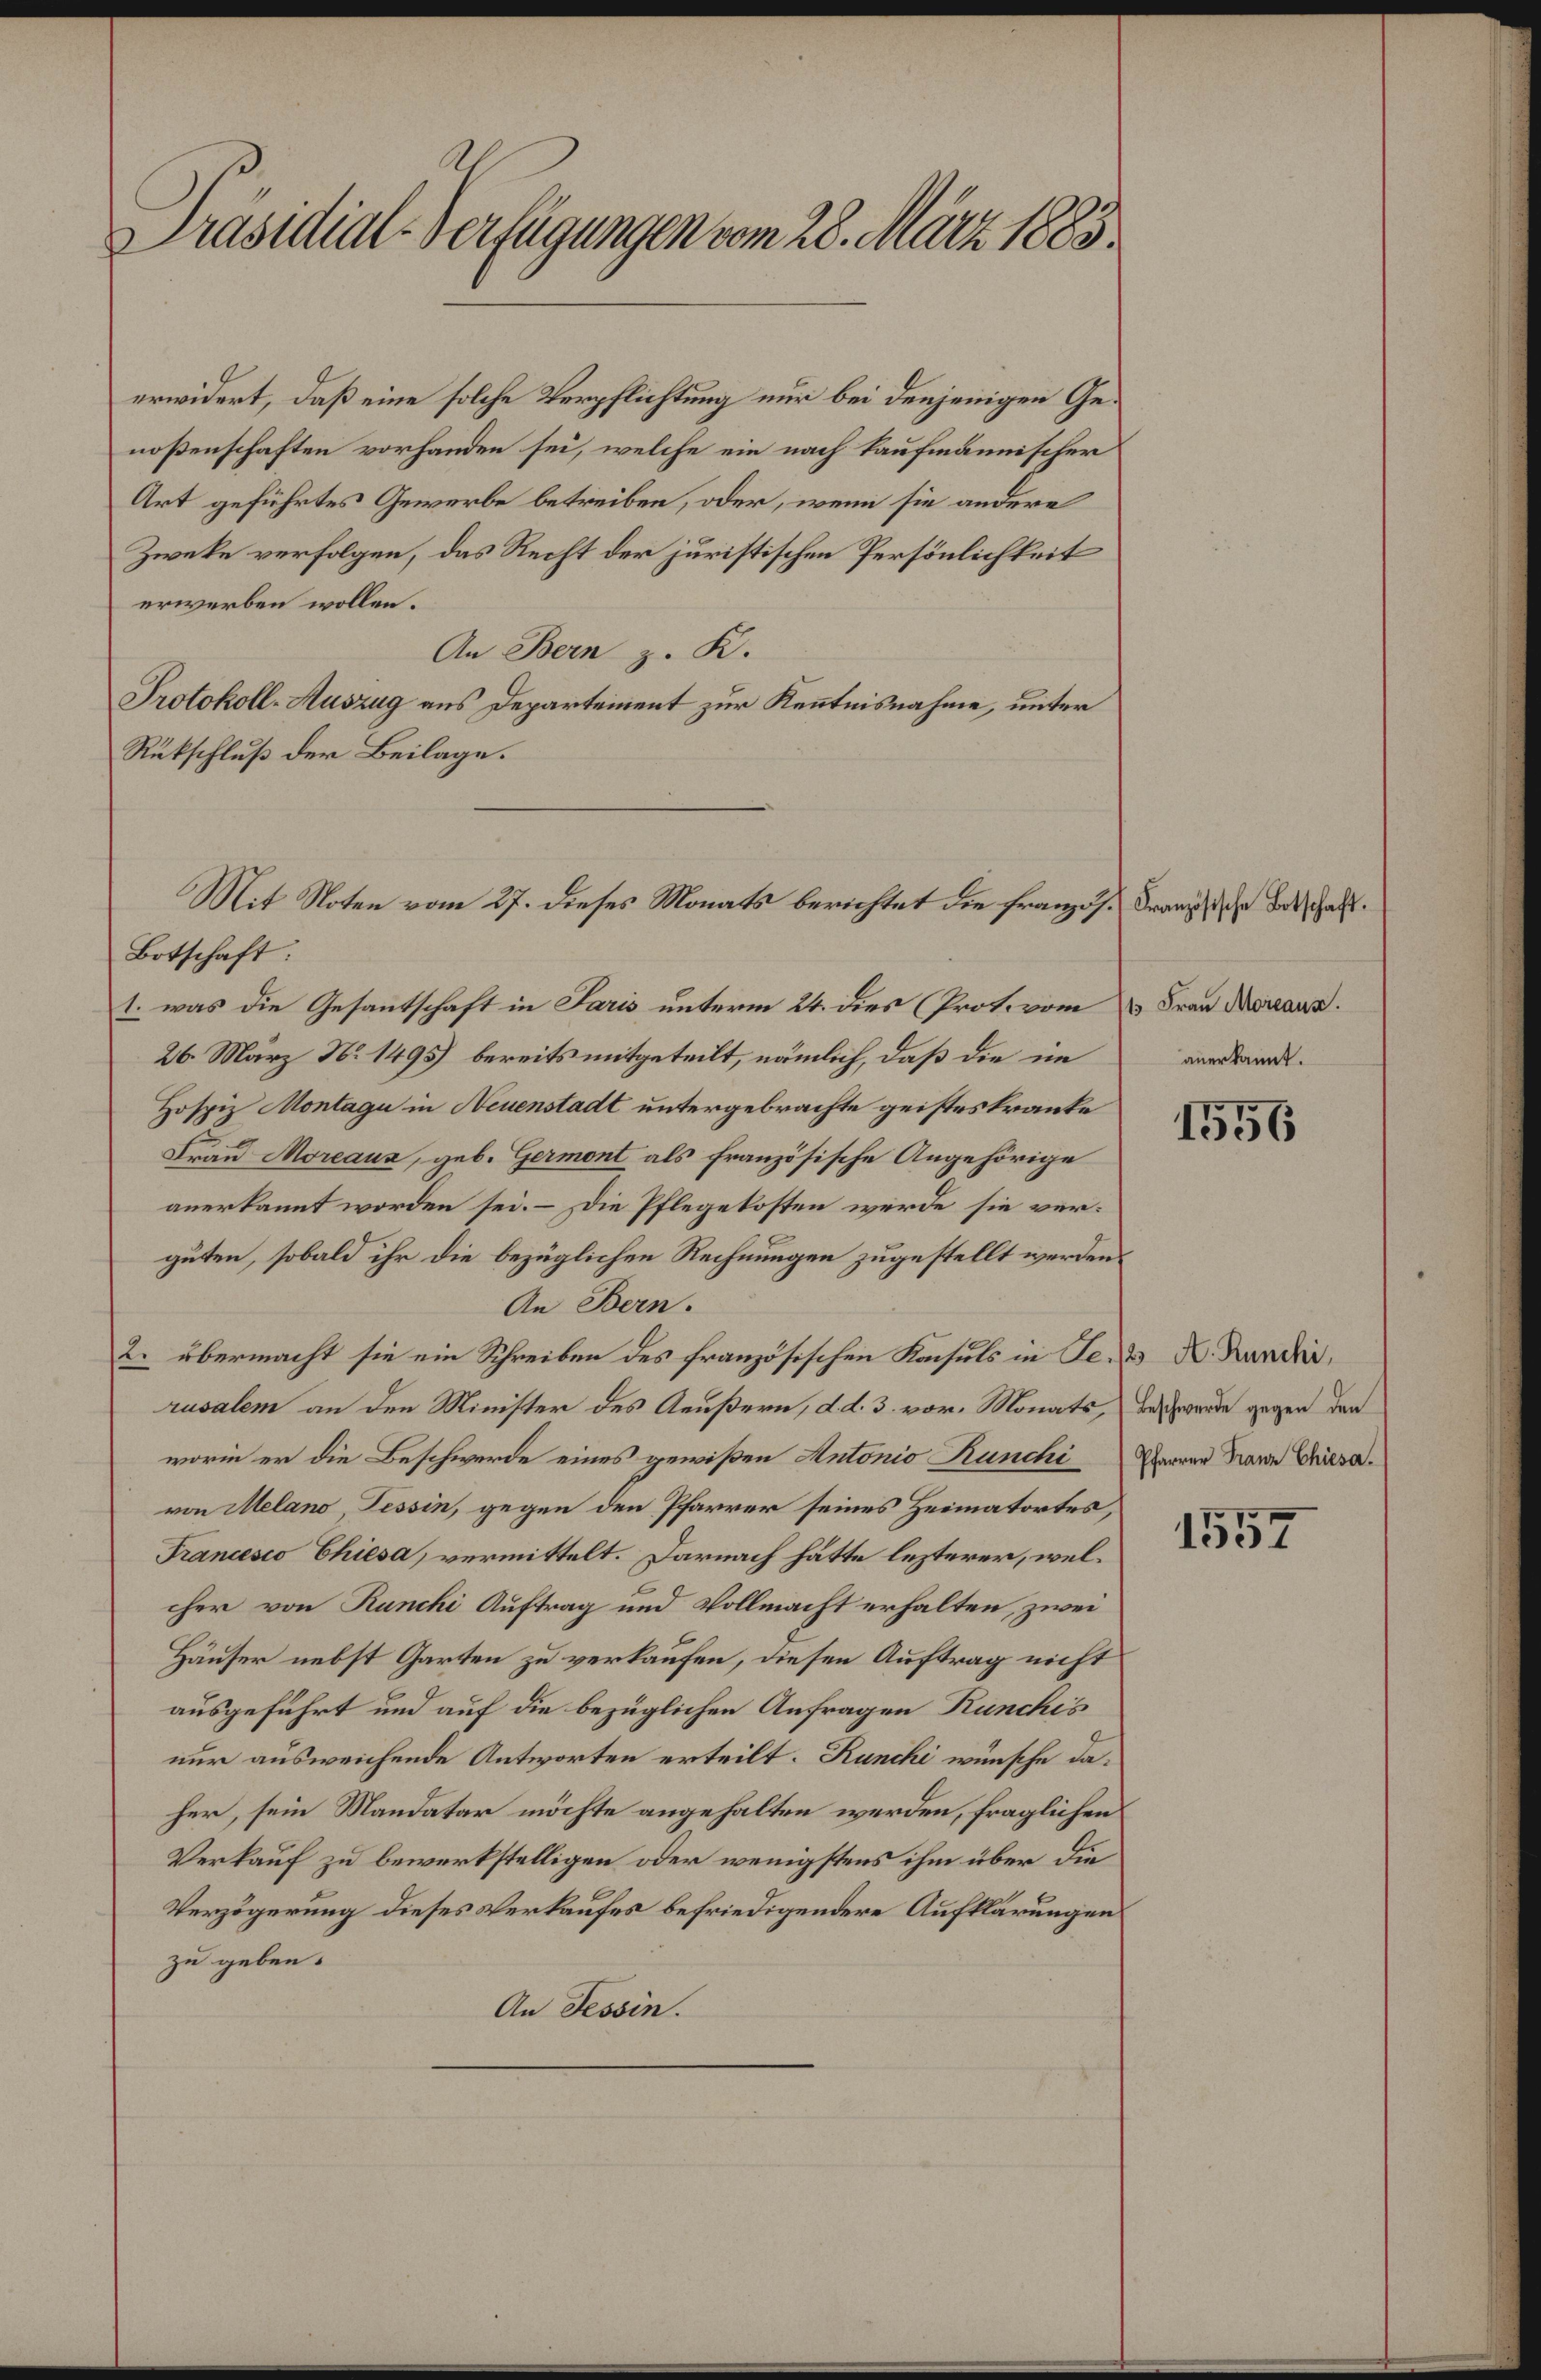
Präsidial-Verfügungen vom 28. März 1883.

erwidert, daß eine solche Verpflichtung nur bei denjenigen Genoßenschaften vorhanden sei, welche ein nach kaufmännischer
Art geführtes Gewerbe betreiben, oder, wenn sie andere
Zweke verfolgen, das Recht der juristischen Persönlichkeit
erwerben wollen.
An Bern z. K.
Protokoll-Auszug aus Departement zur Kenntnisnahme, unter
Rückschluß der Beilage.
Botschaft:
1. was die Gesantschaft in Paris unterm 24. dies (Prot. vom  Frau Rosaun.
26. März No. 1495) bereits mitgeteilt, nämlich, daß die im
Hospiz Montage in Neuenstadt untergebrachte geisteskranke
Frau Moreaux, geb. Germont als französische Angehörige
anerkannt worden sei. – Die Pflegekosten werde sie verguten, sobald ihr die bezüglichen Rechnungen zugestellt werden.
An Bern.
2. übermacht sie ein Schreiben des französischen Konsuls in Se. K. Kandi,
rusalem an den Minister des Aeußern, d. d. 3. vor. Monats, in werde gegen den
worin er die Beschwerde eines gewißen Antonio Runchi Haaren Franz Chris
von Melano, Tessin, gegen den Pfarrer seines Heimatortes,
Francesco Chiesa, vermittelt. Darnach hätte lezterer, welcher von Ranchi Auftrag und Vollmacht erhalten, zwei
Häuser nebst Garten zu verkaufen, diesen Auftrag nicht
ausgeführt und auf die bezüglichen Anfragen Runchis
nur ausweichende Antworten erteilt. Runchi wünsche daher, sein Mandatar möchte angehalten werden, fraglichen
Verkauf zu bewerkstelligen oder wenigstens ihm über die
Verzögerung dieses Verkaufes befriedigendere Aufklärungen
zu geben.
An Tessin.

Mit Noten vom 27. dieses Monats berichtet die französ. Franz sehr beschafft.

anerkannt.

1556

1557